Rangoon Lunatic Asylum 1898-1906 - 1898-1906
Year: 1898
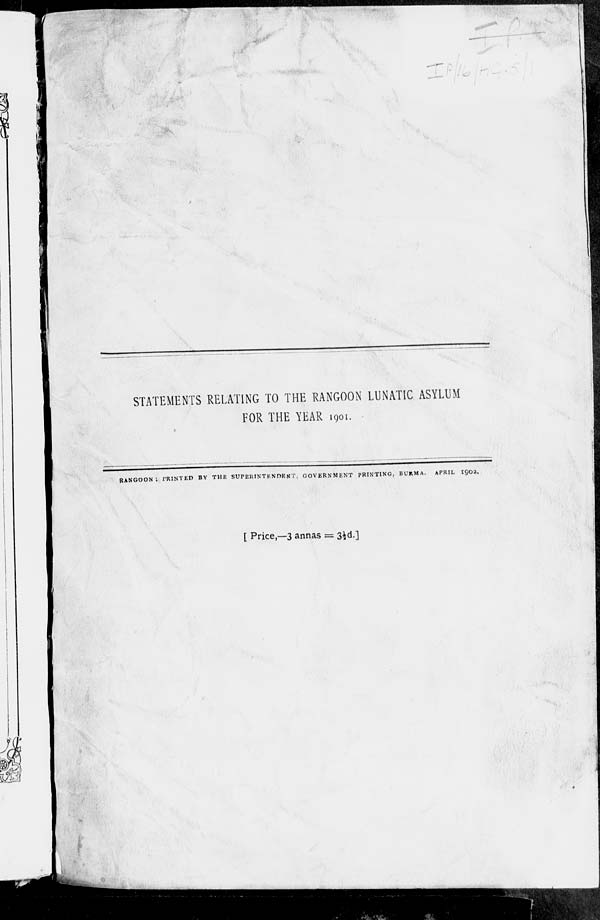
STATEMENTS RELATING TO THE RANGOON LUNATIC ASYLUM
FOR THE YEAR 1901.
RANGOON; PRINTED BY THE SUPERINTENDENT, GOVERNMENT PRINTING, BURMA,
APRIL 1902.
[ Price,—3 annas = 3½d.]